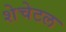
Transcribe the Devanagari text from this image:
शेचेटल